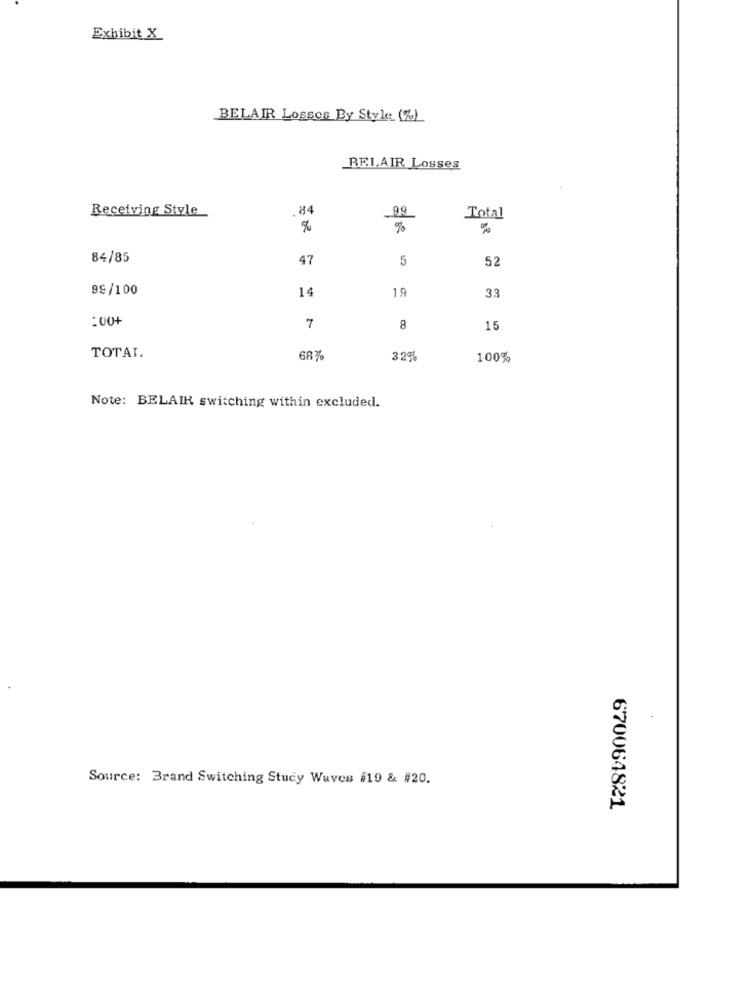
Exhibit X
BELAIR Losses By Style (%)
BEI,AIR Losses
Receiving Style
84
99
Total
%
84/85
47
5
52
99/100
14
19
33
:00+
7
8
15
TOTAL.
68%
3 20%
100%
Note: BELAIR switching within excluded.
Source: Brand Switching Stucy Waves #19 & #20.
670064821